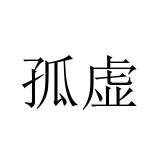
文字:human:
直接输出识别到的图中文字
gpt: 孤虚